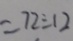
= 7 2 \div 1 2